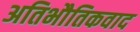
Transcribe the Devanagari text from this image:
अतिभौतिकवाद